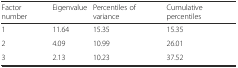
| Factor number | Eigenvalue | Percentiles of variance | Cumulative percentiles |
 | --- | --- | --- | --- |
 | 1 | 11.64 | 15.35 | 15.35 |
 | 2 | 4.09 | 10.99 | 26.01 |
 | 3 | 2.13 | 10.23 | 37.52 |